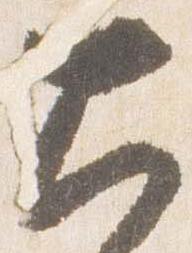
大